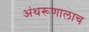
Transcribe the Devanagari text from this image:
अंथरूणालाच